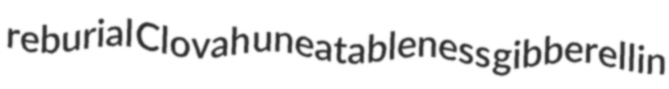
reburial Clovah uneatableness gibberellin